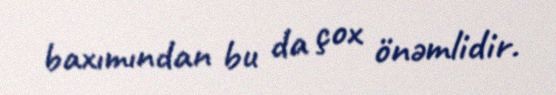
baxımından bu da çox önəmlidir.